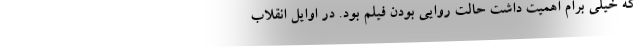
که خیلی برام اهمیت داشت حالت روایی بودن فیلم بود. در اوایل انقلاب